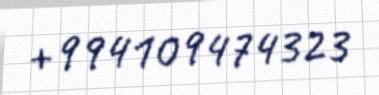
+994109474323